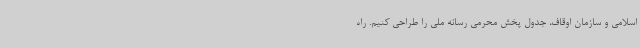
اسلامی و سازمان اوقاف، جدول پخش محرمی رسانه ملی را طراحی کنیم. راه